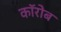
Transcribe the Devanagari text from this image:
कॉरोब